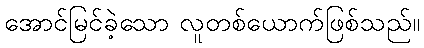
အောင်မြင်ခဲ့သော လူတစ်ယောက်ဖြစ်သည်။